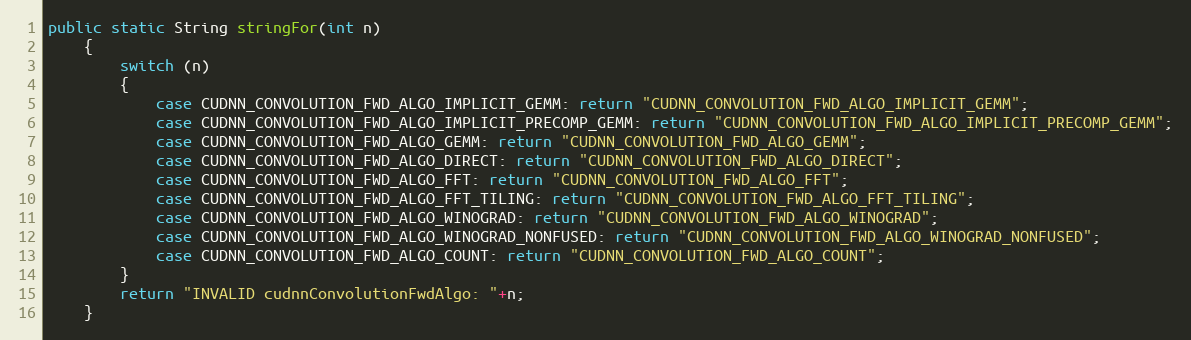
Language: Java
public static String stringFor(int n)
    {
        switch (n)
        {
            case CUDNN_CONVOLUTION_FWD_ALGO_IMPLICIT_GEMM: return "CUDNN_CONVOLUTION_FWD_ALGO_IMPLICIT_GEMM";
            case CUDNN_CONVOLUTION_FWD_ALGO_IMPLICIT_PRECOMP_GEMM: return "CUDNN_CONVOLUTION_FWD_ALGO_IMPLICIT_PRECOMP_GEMM";
            case CUDNN_CONVOLUTION_FWD_ALGO_GEMM: return "CUDNN_CONVOLUTION_FWD_ALGO_GEMM";
            case CUDNN_CONVOLUTION_FWD_ALGO_DIRECT: return "CUDNN_CONVOLUTION_FWD_ALGO_DIRECT";
            case CUDNN_CONVOLUTION_FWD_ALGO_FFT: return "CUDNN_CONVOLUTION_FWD_ALGO_FFT";
            case CUDNN_CONVOLUTION_FWD_ALGO_FFT_TILING: return "CUDNN_CONVOLUTION_FWD_ALGO_FFT_TILING";
            case CUDNN_CONVOLUTION_FWD_ALGO_WINOGRAD: return "CUDNN_CONVOLUTION_FWD_ALGO_WINOGRAD";
            case CUDNN_CONVOLUTION_FWD_ALGO_WINOGRAD_NONFUSED: return "CUDNN_CONVOLUTION_FWD_ALGO_WINOGRAD_NONFUSED";
            case CUDNN_CONVOLUTION_FWD_ALGO_COUNT: return "CUDNN_CONVOLUTION_FWD_ALGO_COUNT";
        }
        return "INVALID cudnnConvolutionFwdAlgo: "+n;
    }